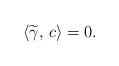
LaTeX: \begin{align*}\langle \widetilde \gamma, \, c \rangle = 0. \end{align*}